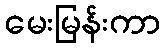
မေးမြန်းကာ